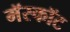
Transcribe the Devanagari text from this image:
मॅस्कॉट